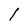
Character: l